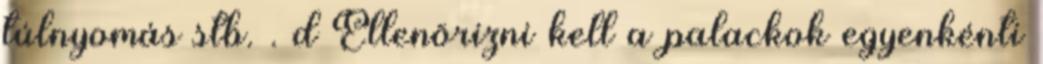
túlnyomás stb. . d Ellenõrizni kell a palackok egyenkénti